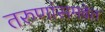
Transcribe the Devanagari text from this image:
तरुणांसमवेत